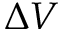
\Delta V